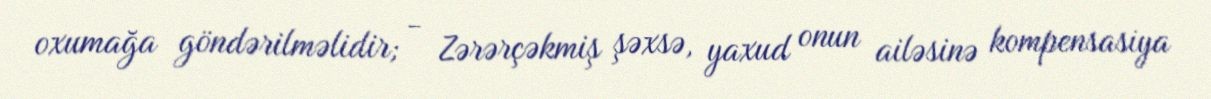
oxumağa göndərilməlidir; - Zərərçəkmiş şəxsə, yaxud onun ailəsinə kompensasiya